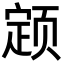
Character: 𬱫